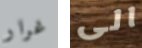
غرار الى